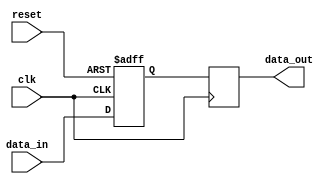
module Simple_Bypass_Register (
    input wire clk,
    input wire reset,
    input wire [DATA_WIDTH-1:0] data_in,
    output reg [DATA_WIDTH-1:0] data_out
);

parameter DATA_WIDTH = 8; // define the width of the data

reg [DATA_WIDTH-1:0] reg_data; // internal register to store the data

always @(posedge clk or posedge reset) begin
    if (reset) begin
        reg_data <= 0;
    end else begin
        reg_data <= data_in;
    end
end

always @(posedge clk) begin
    data_out <= reg_data; // pass the stored data through to the output
end

endmodule